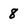
Character: 8